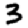
Digit: 3